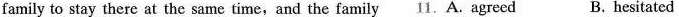
family to stay there at the same time,and the family 11.A. agreed B. hesitated